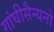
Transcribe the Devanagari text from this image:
गांघीसैन्यनो